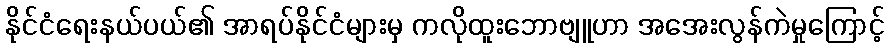
နိုင်ငံရေးနယ်ပယ်၏ အာရပ်နိုင်ငံများမှ ကလိုထူးဘောဗျူဟာ အအေးလွန်ကဲမှုကြောင့်